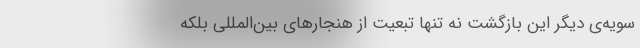
سویه‌ی دیگر این بازگشت نه تنها تبعیت از هنجارهای بین‌المللی بلکه